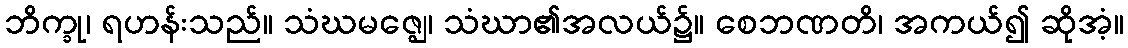
ဘိက္ခု၊ ရဟန်းသည်။ သံဃမဇ္ဈေ၊ သံဃာ၏အလယ်၌။ စေဘဏတိ၊ အကယ်၍ ဆိုအံ့။